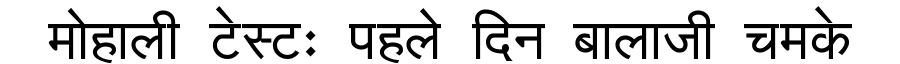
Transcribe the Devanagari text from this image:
मोहाली टेस्टः पहले दिन बालाजी चमके